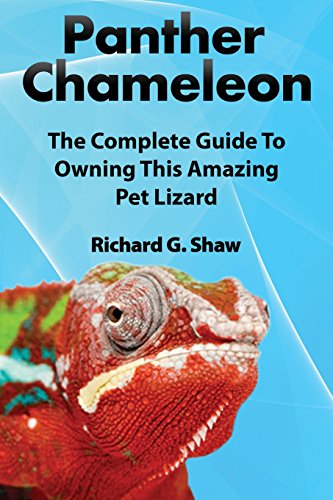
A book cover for Panther Chameleons, Complete Owner's Manual; Richard G. Shaw; Crafts, Hobbies & Home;